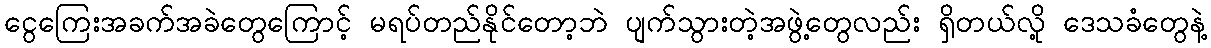
ငွေကြေးအခက်အခဲတွေကြောင့် မရပ်တည်နိုင်တော့ဘဲ ပျက်သွားတဲ့အဖွဲ့တွေလည်း ရှိတယ်လို့ ဒေသခံတွေနဲ့